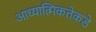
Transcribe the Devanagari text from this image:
आध्यात्मिकतेकडे